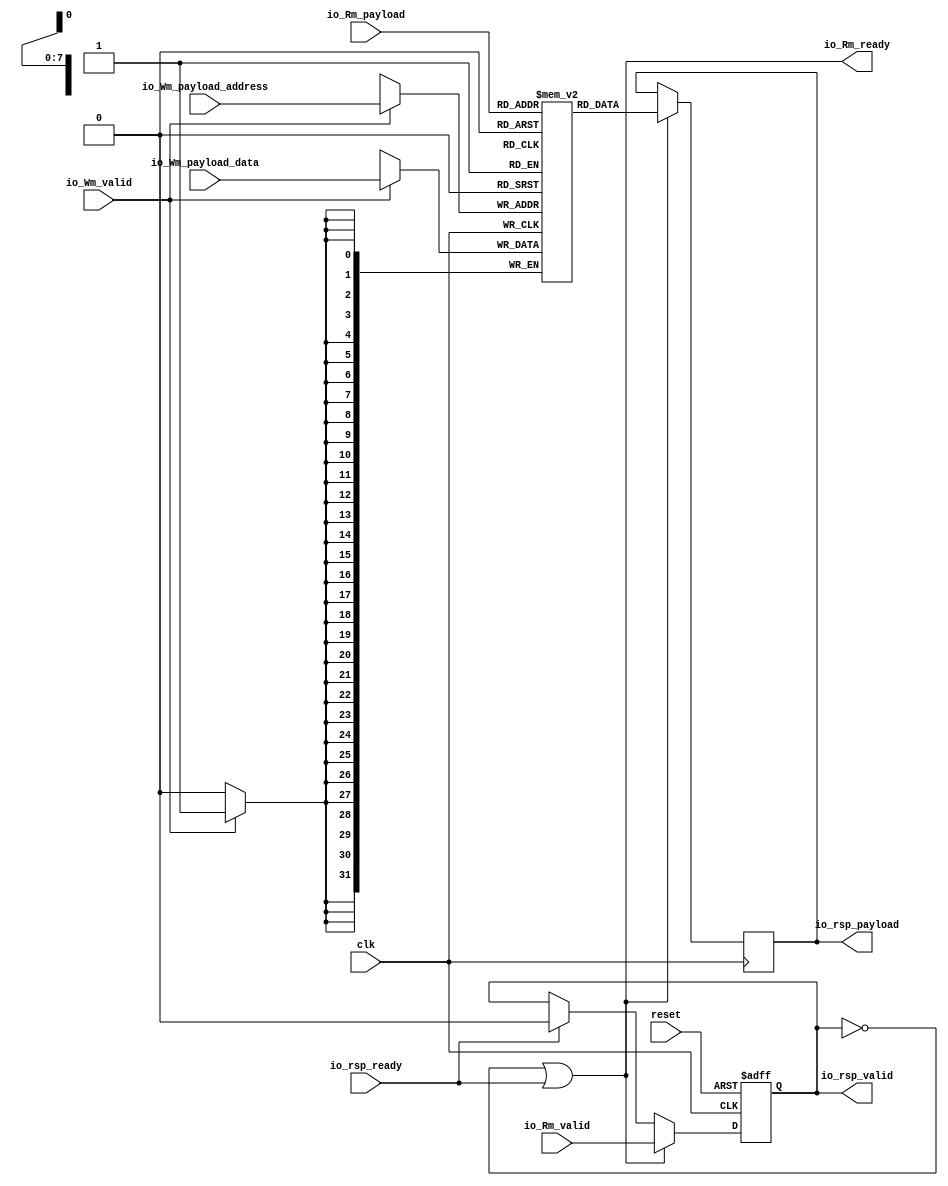
// Generator : SpinalHDL v1.7.2    git head : 08fc866bebdc40c471ebe327bface63e34406489
// Component : Mem_1
// Git hash  : 23d564a3e9d4d768c2cb1641ec7dc2becc0d2602

`timescale 1ns/1ps

module Mem_1 (
  input               io_Wm_valid,
  input      [7:0]    io_Wm_payload_address,
  input      [31:0]   io_Wm_payload_data,
  input               io_Rm_valid,
  output              io_Rm_ready,
  input      [7:0]    io_Rm_payload,
  output              io_rsp_valid,
  input               io_rsp_ready,
  output     [31:0]   io_rsp_payload,
  input               clk,
  input               reset
);

  reg        [31:0]   _zz_mem_port1;
  wire                _zz_io_Rm_ready;
  wire                _zz_io_Rm_ready_1;
  reg                 _zz_io_Rm_ready_2;
  reg [31:0] mem [0:255];

  always @(posedge clk) begin
    if(io_Wm_valid) begin
      mem[io_Wm_payload_address] <= io_Wm_payload_data;
    end
  end

  always @(posedge clk) begin
    if(io_Rm_ready) begin
      _zz_mem_port1 <= mem[io_Rm_payload];
    end
  end

  assign io_Rm_ready = ((! _zz_io_Rm_ready) || _zz_io_Rm_ready_1);
  assign _zz_io_Rm_ready = _zz_io_Rm_ready_2;
  assign io_rsp_valid = _zz_io_Rm_ready;
  assign _zz_io_Rm_ready_1 = io_rsp_ready;
  assign io_rsp_payload = _zz_mem_port1;
  always @(posedge clk or posedge reset) begin
    if(reset) begin
      _zz_io_Rm_ready_2 <= 1'b0;
    end else begin
      if(_zz_io_Rm_ready_1) begin
        _zz_io_Rm_ready_2 <= 1'b0;
      end
      if(io_Rm_ready) begin
        _zz_io_Rm_ready_2 <= io_Rm_valid;
      end
    end
  end


endmodule